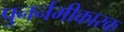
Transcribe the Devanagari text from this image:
पुनर्नमीकारक